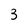
Character: 3